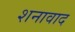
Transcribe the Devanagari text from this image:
शनावाद